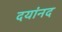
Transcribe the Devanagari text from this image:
दयांनद